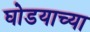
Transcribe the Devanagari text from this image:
घोडयाच्या